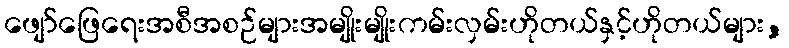
ဖျော်ဖြေရေးအစီအစဉ်များအမျိုးမျိုးကမ်းလှမ်းဟိုတယ်နှင့်ဟိုတယ်များ,